Scottish Leaving Certificate Examination, 1960
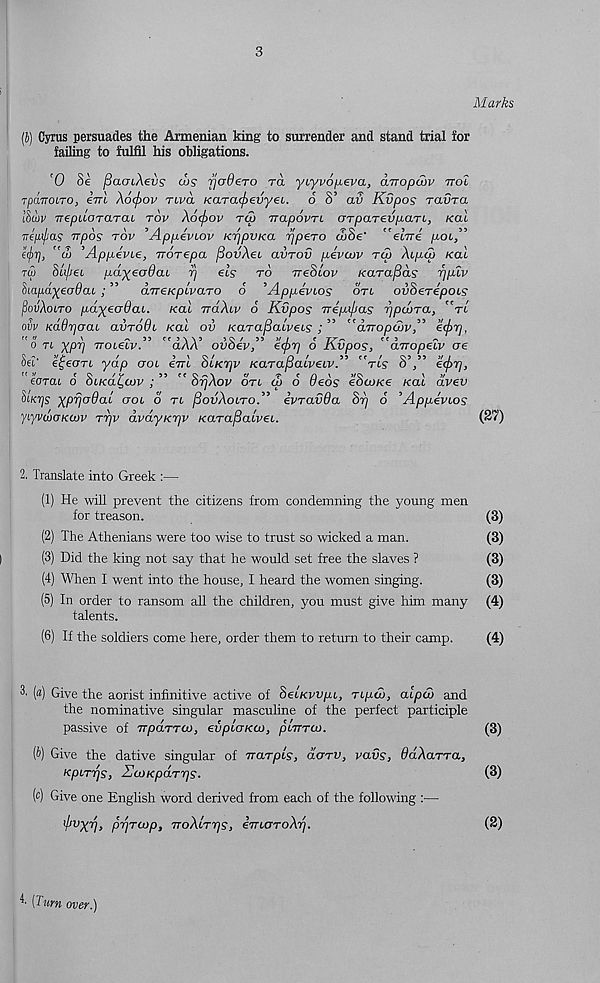
3
(b) Cyrus persuades the Armenian king to surrender and stand trial for
failing to fulfil his obligations.
'0 §e fiacnAevs cvs fjodero ra yLyvofu.eva, arropcvv ttoX
jpanoLTO, eVt A6<j)ov Tiva Karacftevyei,. 6 S’ av Kvpos ravra
ISuiv TrepdoTaTai rov A6(f>ov rep Trapovn OTparevp-aTi, kcll
Tripi/ias irpos tov ’Appeviov KrjpvKa ppero d>8e' ”elire poL,”
tyr], "oi ’AppevLe, voTepa fiovAec avrov pevcov tcv Aupa) Kcd
to) Sti/ieL pdyeadai p els to ireScov kaTafids rjplv
hapayeodai ; ” aTTekplvaro 6 ’Appevi-os on ovSerepcus
(IovAcuto pdyeodcu. kol irdAcv 6 Kvpos Trepijjas ppevra, ”tl
ovv Kd6r]oai civtoBi kal ov karapalveis ; ” "diropodv” ecj)?],
fC<7
\
^55fC3\\5
t TK ^
f e 3
^
0 Tt ypi] TTOL€LV.
clAA ovoev, €(prj O Kvpos, UTTOpeLV oe
Set' e^eon yap ool em Slkrjv kaTafialveivA "rls S’/’ e(f>r),
eoTau o 8(kd£,cvv ; ” ” StjAov oVt <S o deos e8a>ke kal dvev
dicrjs yprjadal ool 6 n fiovAoLTO.” ivravOa St) o ’Appevios
yiyvdiaKcvv ttjv avdykrjv kaTaflalvei.
2. Translate into Greek :—
(1) He will prevent the citizens from condemning the young men
for treason.
(2) The Athenians were too wise to trust so wicked a man.
(3) Did the king not say that he would set free the slaves ?
(4) When I went into the house, I heard the women singing.
(5) In order to ransom all the children, you must give him many
talents.
(6) If the soldiers come here, order them to return to their camp.
3. [a) Give the aorist infinitive active of Selkvvpi, TLpaj, alpcd and
the nominative singular masculine of the perfect participle
passive of Trpo.TTCv, evplokcv, pltttco.
(b) Give the dative singular of Trarpls, dorv, vavs, dd-Aarra,
kpLT'qs, Kcvkpdrrjs.
(c) Give one English word derived from each of the following :—
hxvy fWjTOjp, TToAcTTjS, eTTLOToArj.
Marks
(27)
(3)
(3)
(3)
(3)
(4)
(4)
(3)
(3)
(2)
’• [Turn over.)